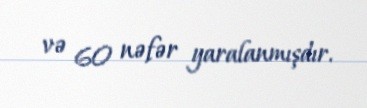
və 60 nəfər yaralanmışdır.